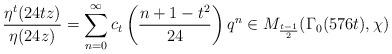
LaTeX: \begin{align*} \frac{\eta^{t}(24tz)}{\eta(24z)}=\sum_{n=0}^{\infty} c_t\left(\frac{n+1-t^2}{24} \right) q^{n}\in M_{\frac{t-1}{2}}(\Gamma_0(576t),\chi)\end{align*}